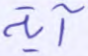
آية